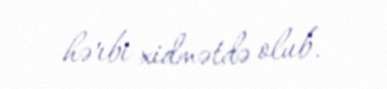
hərbi xidmətdə olub.